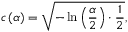
c \left( \alpha \right) = { \sqrt { - \ln \left( { \frac { \alpha } { 2 } } \right) \cdot { \frac { 1 } { 2 } } } } ,